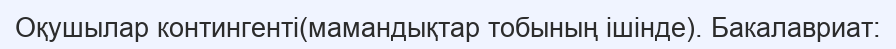
Оқушылар контингенті(мамандықтар тобының ішінде). Бакалавриат: